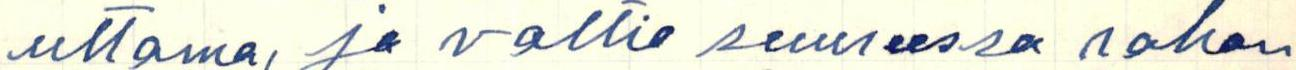
uttama, ja valtio suureessa rahan